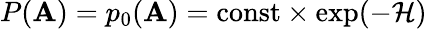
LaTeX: P(\mathbf{A})=p_{0}(\mathbf{A})={\mathrm{{const}}}\times\exp(-{\mathcal{{H}}})